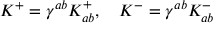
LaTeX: K ^ { + } = \gamma ^ { a b } K _ { a b } ^ { + } , ~ ~ ~ K ^ { - } = \gamma ^ { a b } K _ { a b } ^ { - }